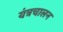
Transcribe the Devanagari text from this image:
यंत्रचालन